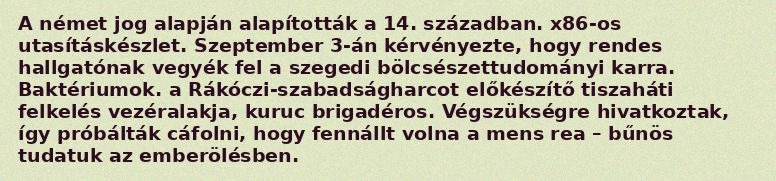
A német jog alapján alapították a 14. században. x86-os utasításkészlet. Szeptember 3-án kérvényezte, hogy rendes hallgatónak vegyék fel a szegedi bölcsészettudományi karra. Baktériumok. a Rákóczi-szabadságharcot előkészítő tiszaháti felkelés vezéralakja, kuruc brigadéros. Végszükségre hivatkoztak, így próbálták cáfolni, hogy fennállt volna a mens rea – bűnös tudatuk az emberölésben.